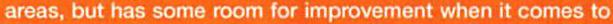
areas, but has some room for improvement when it comes to